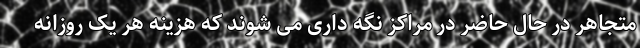
متجاهر در حال حاضر در مراکز نگه داری می شوند که هزینه هر یک روزانه